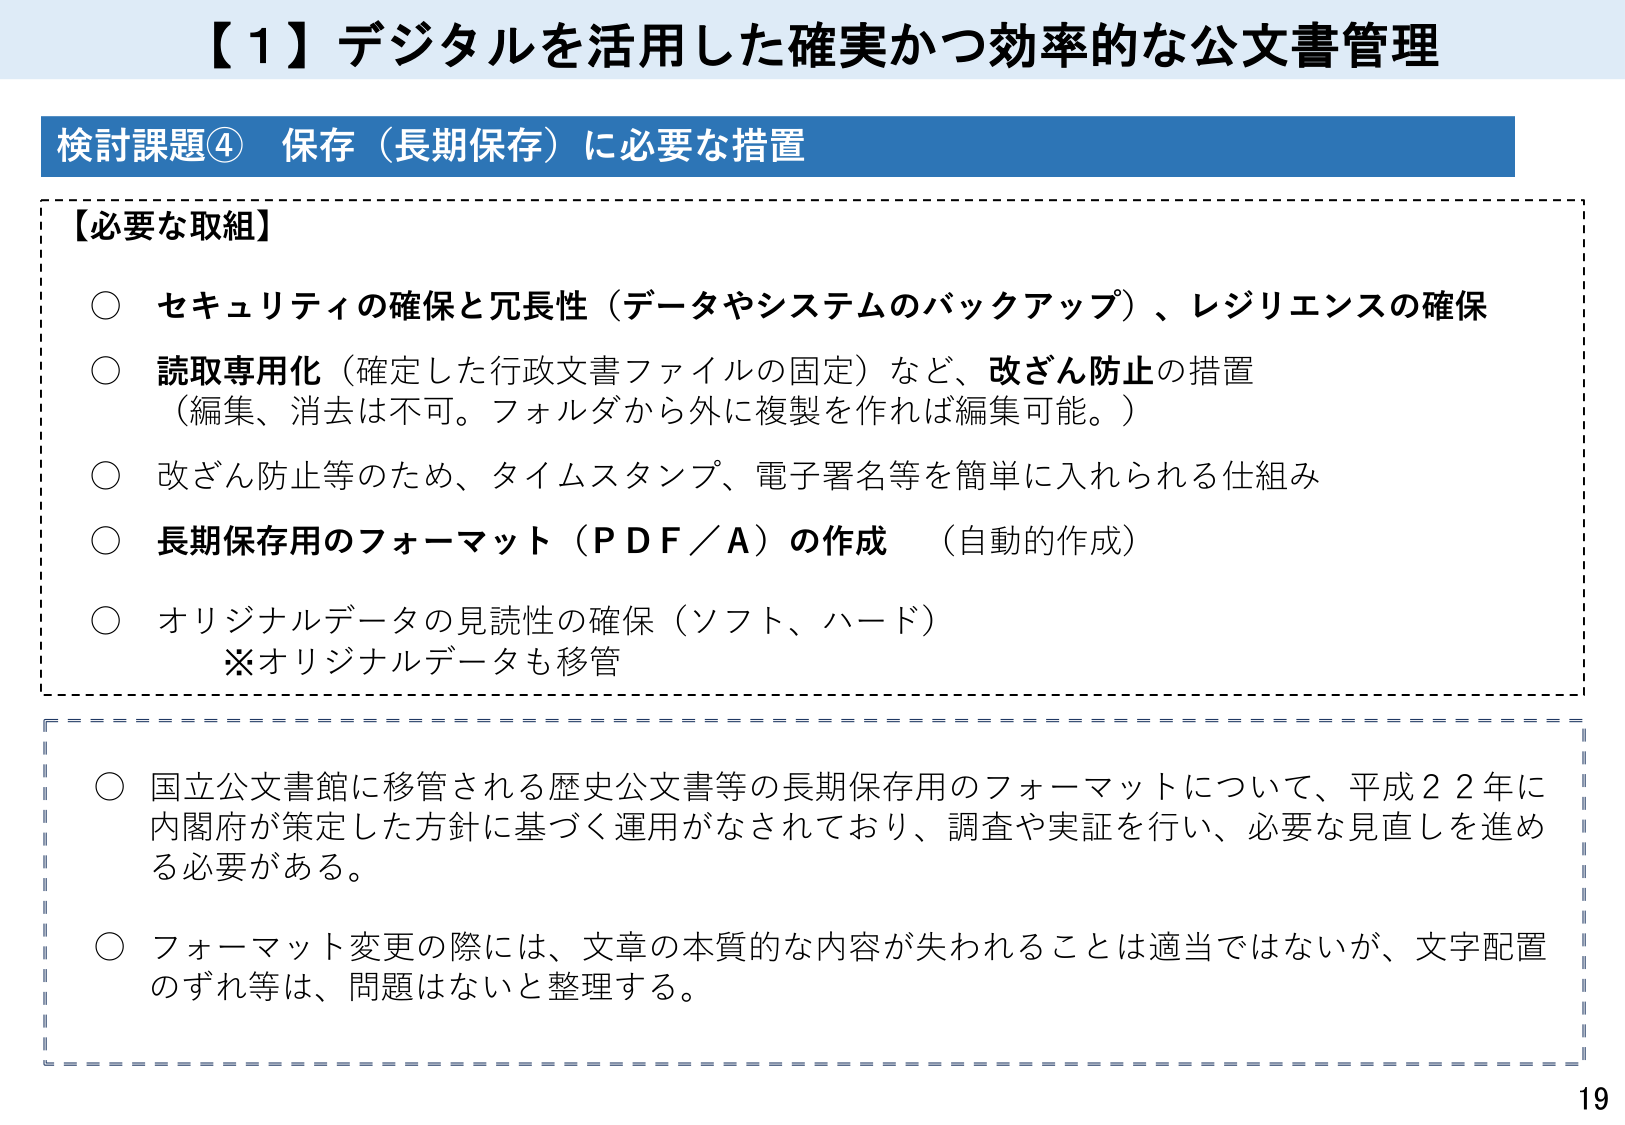
【１】デジタルを活用した確実かつ効率的な公文書管理

検討課題④ 保存（長期保存）に必要な措置

【必要な取組】

○ セキュリティの確保と冗長性（データやシステムのバックアップ）、レジリエンスの確保

○ 読取専用化（確定した行政文書ファイルの固定）など、改ざん防止の措置
（編集、消去は不可。フォルダから外に複製を作れば編集可能。）

○ 改ざん防止等のため、タイムスタンプ、電子署名等を簡単に入れられる仕組み

○ 長期保存用のフォーマット（ＰＤＦ／Ａ）の作成 （自動的作成）

○ オリジナルデータの見読性の確保（ソフト、ハード）
※オリジナルデータも移管

○ 国立公文書館に移管される歴史公文書等の長期保存用のフォーマットについて、平成２２年に内閣府が策定した方針に基づく運用がなされており、調査や実証を行い、必要な見直しを進める必要がある。

○ フォーマット変更の際には、文章の本質的な内容が失われることは適当ではないが、文字配置のずれ等は、問題はないと整理する。

19